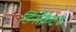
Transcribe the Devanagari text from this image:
डिनोक्रेटस